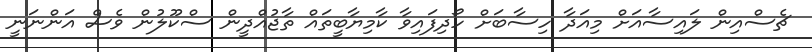
ޗެސްއިން ލައިސާއަށް މިއަދާ ހިސާބަށް ހޯދިފައިވާ ކާމިޔާބީތައް ތާޖުއްދީން ސްކޫލުން ވެސް އަންނަނީ